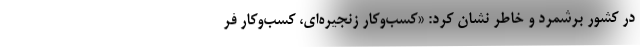
در کشور برشمرد و خاطر نشان کرد:‌ «کسب‌وکار زنجیره‌ای، کسب‌وکار فر